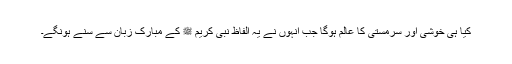
کیا ہی خوشی اور سرمستی کا عالم ہوگا جب انہوں نے یہ الفاظ نبی کریم ﷺ کے مبارک زبان سے سنے ہونگے۔